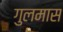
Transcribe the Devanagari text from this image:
गुलमास